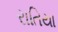
રાતિયા